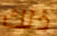
ذلك